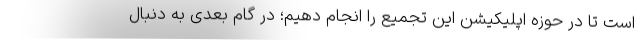
است تا در حوزه اپلیکیشن این تجمیع را انجام دهیم؛ در گام بعدی به دنبال